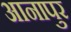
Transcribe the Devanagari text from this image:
आनापुर